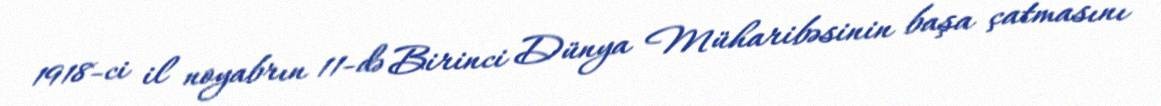
1918-ci il noyabrın 11-də Birinci Dünya Müharibəsinin başa çatmasını